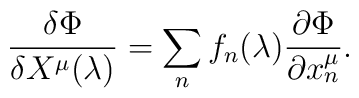
{\delta\Phi\over\delta X^\mu(\lambda)}=\sum_n f_n(\lambda){\partial\Phi\over\partial x^\mu_n}.